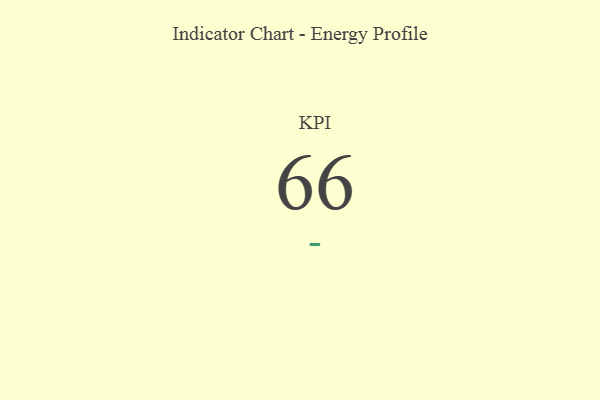
{"axis": {"x": "KPI", "y": "Value"}, "legend": [""], "data": [{"x": "KPI", "y": 66, "type": ""}]}